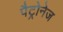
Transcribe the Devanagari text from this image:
पैट्रोनेज